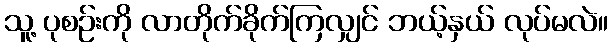
သူ့ ပုစဉ်းကို လာတိုက်ခိုက်ကြလျှင် ဘယ့်နှယ် လုပ်မလဲ။